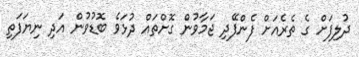
ދުލިފަށް ގެ ތެރެއަށް ފެންފޭދި ޖަމާވުން ގޮށްތައް ދުޅަވެ ބޮޑުވުން އަދި ނިޔަފަތި